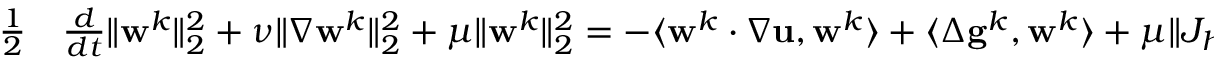
\begin{array} { r l } { \frac { 1 } 2 } & { { } \frac { d } { d t } \| \mathbf { w } ^ { k } \| _ { 2 } ^ { 2 } + \nu \| \nabla \mathbf { w } ^ { k } \| _ { 2 } ^ { 2 } + \mu \| \mathbf { w } ^ { k } \| _ { 2 } ^ { 2 } = - \langle \mathbf { w } ^ { k } \cdotp \nabla \mathbf { u } , \mathbf { w } ^ { k } \rangle + \langle \Delta \mathbf { g } ^ { k } , \mathbf { w } ^ { k } \rangle + \mu \| J _ { h } \mathbf { w } ^ { k } \| _ { 2 } ^ { 2 } . } \end{array}